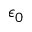
\epsilon _ { 0 }